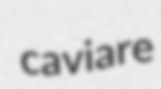
caviare